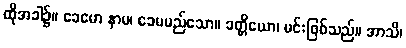
ထိုအခါ၌။ ခေမော နာမ၊ ခေမမည်သော။ ခတ္တိယော၊ မင်းဖြစ်သည်။ အာသိ၊